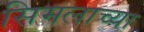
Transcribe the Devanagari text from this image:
सिमलाच्या